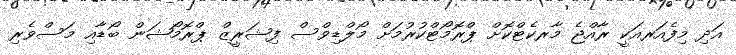
އަދި މިފެއަރއަކީ ރާއްޖެ މާރކެޓްކޮށް ޕްރޮމޯޓްކުރުމަށް މޯލްޑިވްސް ފިޝަރީޒް ޕްރޮމޯޝަން ބޯޑާއި މަސްވެރި